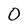
Character: O